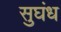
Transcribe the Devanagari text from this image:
सुघंध